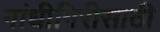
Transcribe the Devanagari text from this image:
गांधीगिरीसाठी